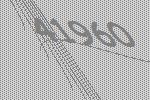
41960